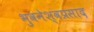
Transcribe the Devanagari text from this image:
भुवनेश्वप्रसाद